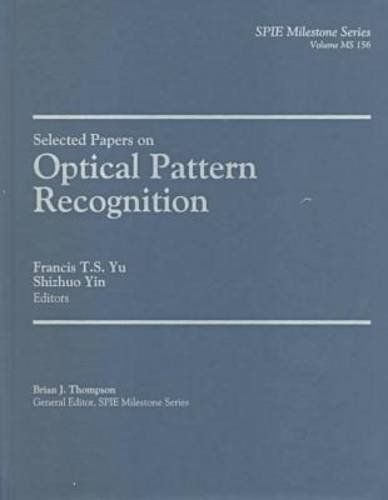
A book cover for Selected Papers on Optical Pattern Recognition (SPIE Milestone Series Vol. MS156); Francis T. S. Yu; Computers & Technology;